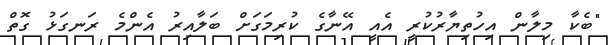
"ބެކާ މިލާން އިހުތިޔާރުކުރީ އެއީ އޭނާގެ ކުރިމަގަށް ބަލާއިރު އެންމެ ރަނގަޅު ގޮތް